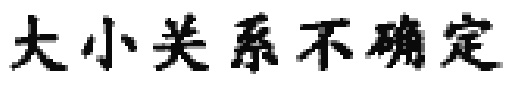
大小关系不确定